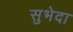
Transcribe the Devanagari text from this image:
सुभेदा